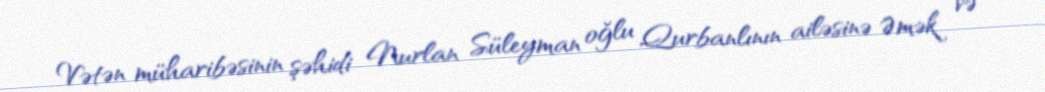
Vətən müharibəsinin şəhidi Nurlan Süleyman oğlu Qurbanlının ailəsinə Əmək və